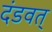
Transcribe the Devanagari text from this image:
दंडवत्‌